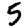
Digit: 5